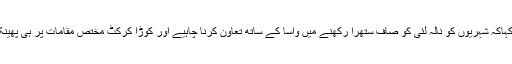
انہوں نے کہاکہ شہریوں کو نالہ لئی کو صاف ستھرا رکھنے میں واسا کے ساتھ تعاون کرنا چاہیے اور کوڑا کرکٹ مختص مقامات پر ہی پھینکنا چاہیے ۔